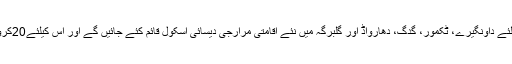
مسلم لڑکیوں کی تعلیم کیلئے داونگیرے، ٹکمور، گدگ، دھارواڈ اور گلبرگہ میں نئے اقامتی مرارجی دیسائی اسکول قائم کئے جائیں گے اور اس کیلئے20کروڑفراہم کئے جائیں گے۔